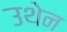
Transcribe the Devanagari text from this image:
उथेन